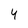
Character: 4